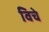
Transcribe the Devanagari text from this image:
विचे